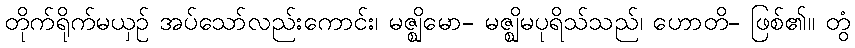
တိုက်ရိုက်မယှဉ် အပ်သော်လည်းကောင်း၊ မဇ္ဈိမော- မဇ္ဈိမပုရိသ်သည်၊ ဟောတိ- ဖြစ်၏။ တွံ